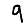
Digit: 9